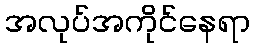
အလုပ်အကိုင်နေရာ